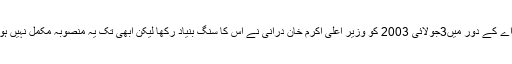
ایم ایم اے کے دور میں3جولائی 2003 کو وزیر اعلیٰ اکرم خان دُرانی نے اس کا سنگ بنیاد رکھا لیکن ابھی تک یہ منصوبہ مکمل نہیں ہو سکا ۔